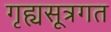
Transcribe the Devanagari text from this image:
गृह्यसूत्रगत